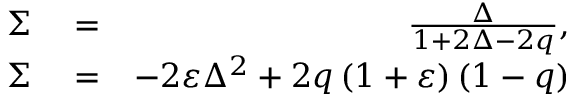
\begin{array} { r l r } { \Sigma } & { { } = } & { \frac { \Delta } { 1 + 2 \Delta - 2 q } , } \\ { \Sigma } & { { } = } & { - 2 \varepsilon \Delta ^ { 2 } + 2 q \left( 1 + \varepsilon \right) \left( 1 - q \right) } \end{array}